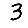
Digit: 3